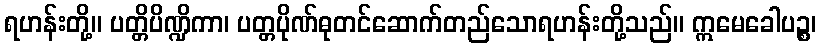
ရဟန်းတို့။ ပတ္တိပိဏ္ဍိကာ၊ ပတ္တပိုဏ်ဓုတင်ဆောက်တည်သောရဟန်းတို့သည်။ ဣမေခေါပဉ္စ၊